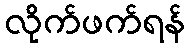
လိုက်ဖက်ရန်